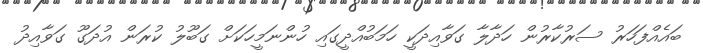
ބައެއްފަހަރު ސަރުކާރުން ހަދާލާ ގަވާއިދަކީ ހަމަބުއްދީގައި ހުންނަމީހަކަށް ގަބޫލު ކުރަން އުދަގޫ ގަވާއިދު